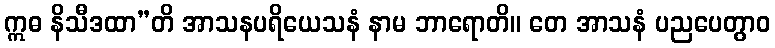
ဣဓ နိသီဒထာ”တိ အာသနပရိယေသနံ နာမ ဘာရောတိ။ တေ အာသနံ ပညပေတွာဝ